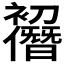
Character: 𠠭